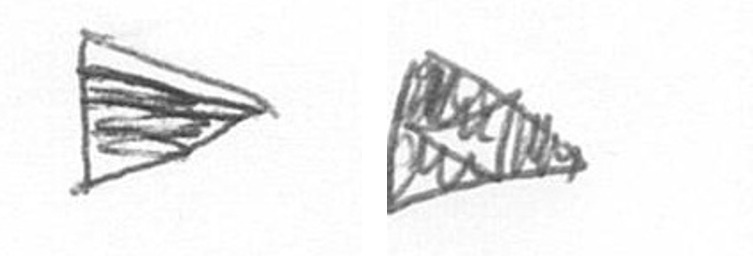
T K